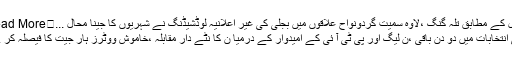
تفصیل کے مطابق تلہ گنگ ،لاوہ سمیت گردونواح علاقوں میں بجلی کی غیر اعلانیہ لوڈشیڈنگ نے شہریوں کا جینا محال ...	Read More »
ضمنی انتخابات میں دو دن باقی ،ن لیگ اور پی ٹی آ ئی کے امیدوار کے درمیا ن کا نٹے دار مقابلہ ،خاموش ووٹرز ہار جیت کا فیصلہ کر ے گا ۔